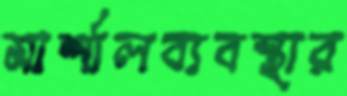
মার্শালব্যবস্থার